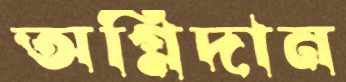
অগ্নিদান